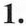
1.